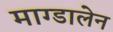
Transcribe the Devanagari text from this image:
माग्डालेन